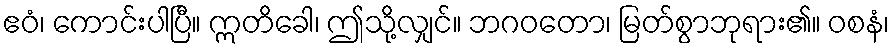
ဧဝံ၊ ကောင်းပါပြီ။ ဣတိခေါ၊ ဤသို့လျှင်။ ဘဂဝတော၊ မြတ်စွာဘုရား၏။ ဝစနံ၊